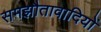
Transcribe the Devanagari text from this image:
समझौतावादियों